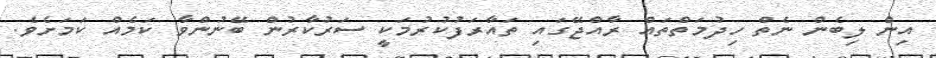
އިން ލިބެން ނެތް ހިދުމަތްތައް ރާއްޖޭގައި ތައާރަފުކުރުމަކީ ސަރުކާރުން ބޭނުންވާ ކަމެއް ކަމަށެވެ.